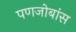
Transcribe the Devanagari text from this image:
पणजोबांस